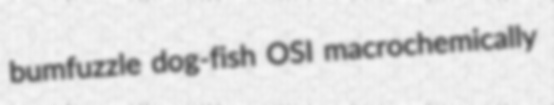
bumfuzzle dog-fish OSI macrochemically